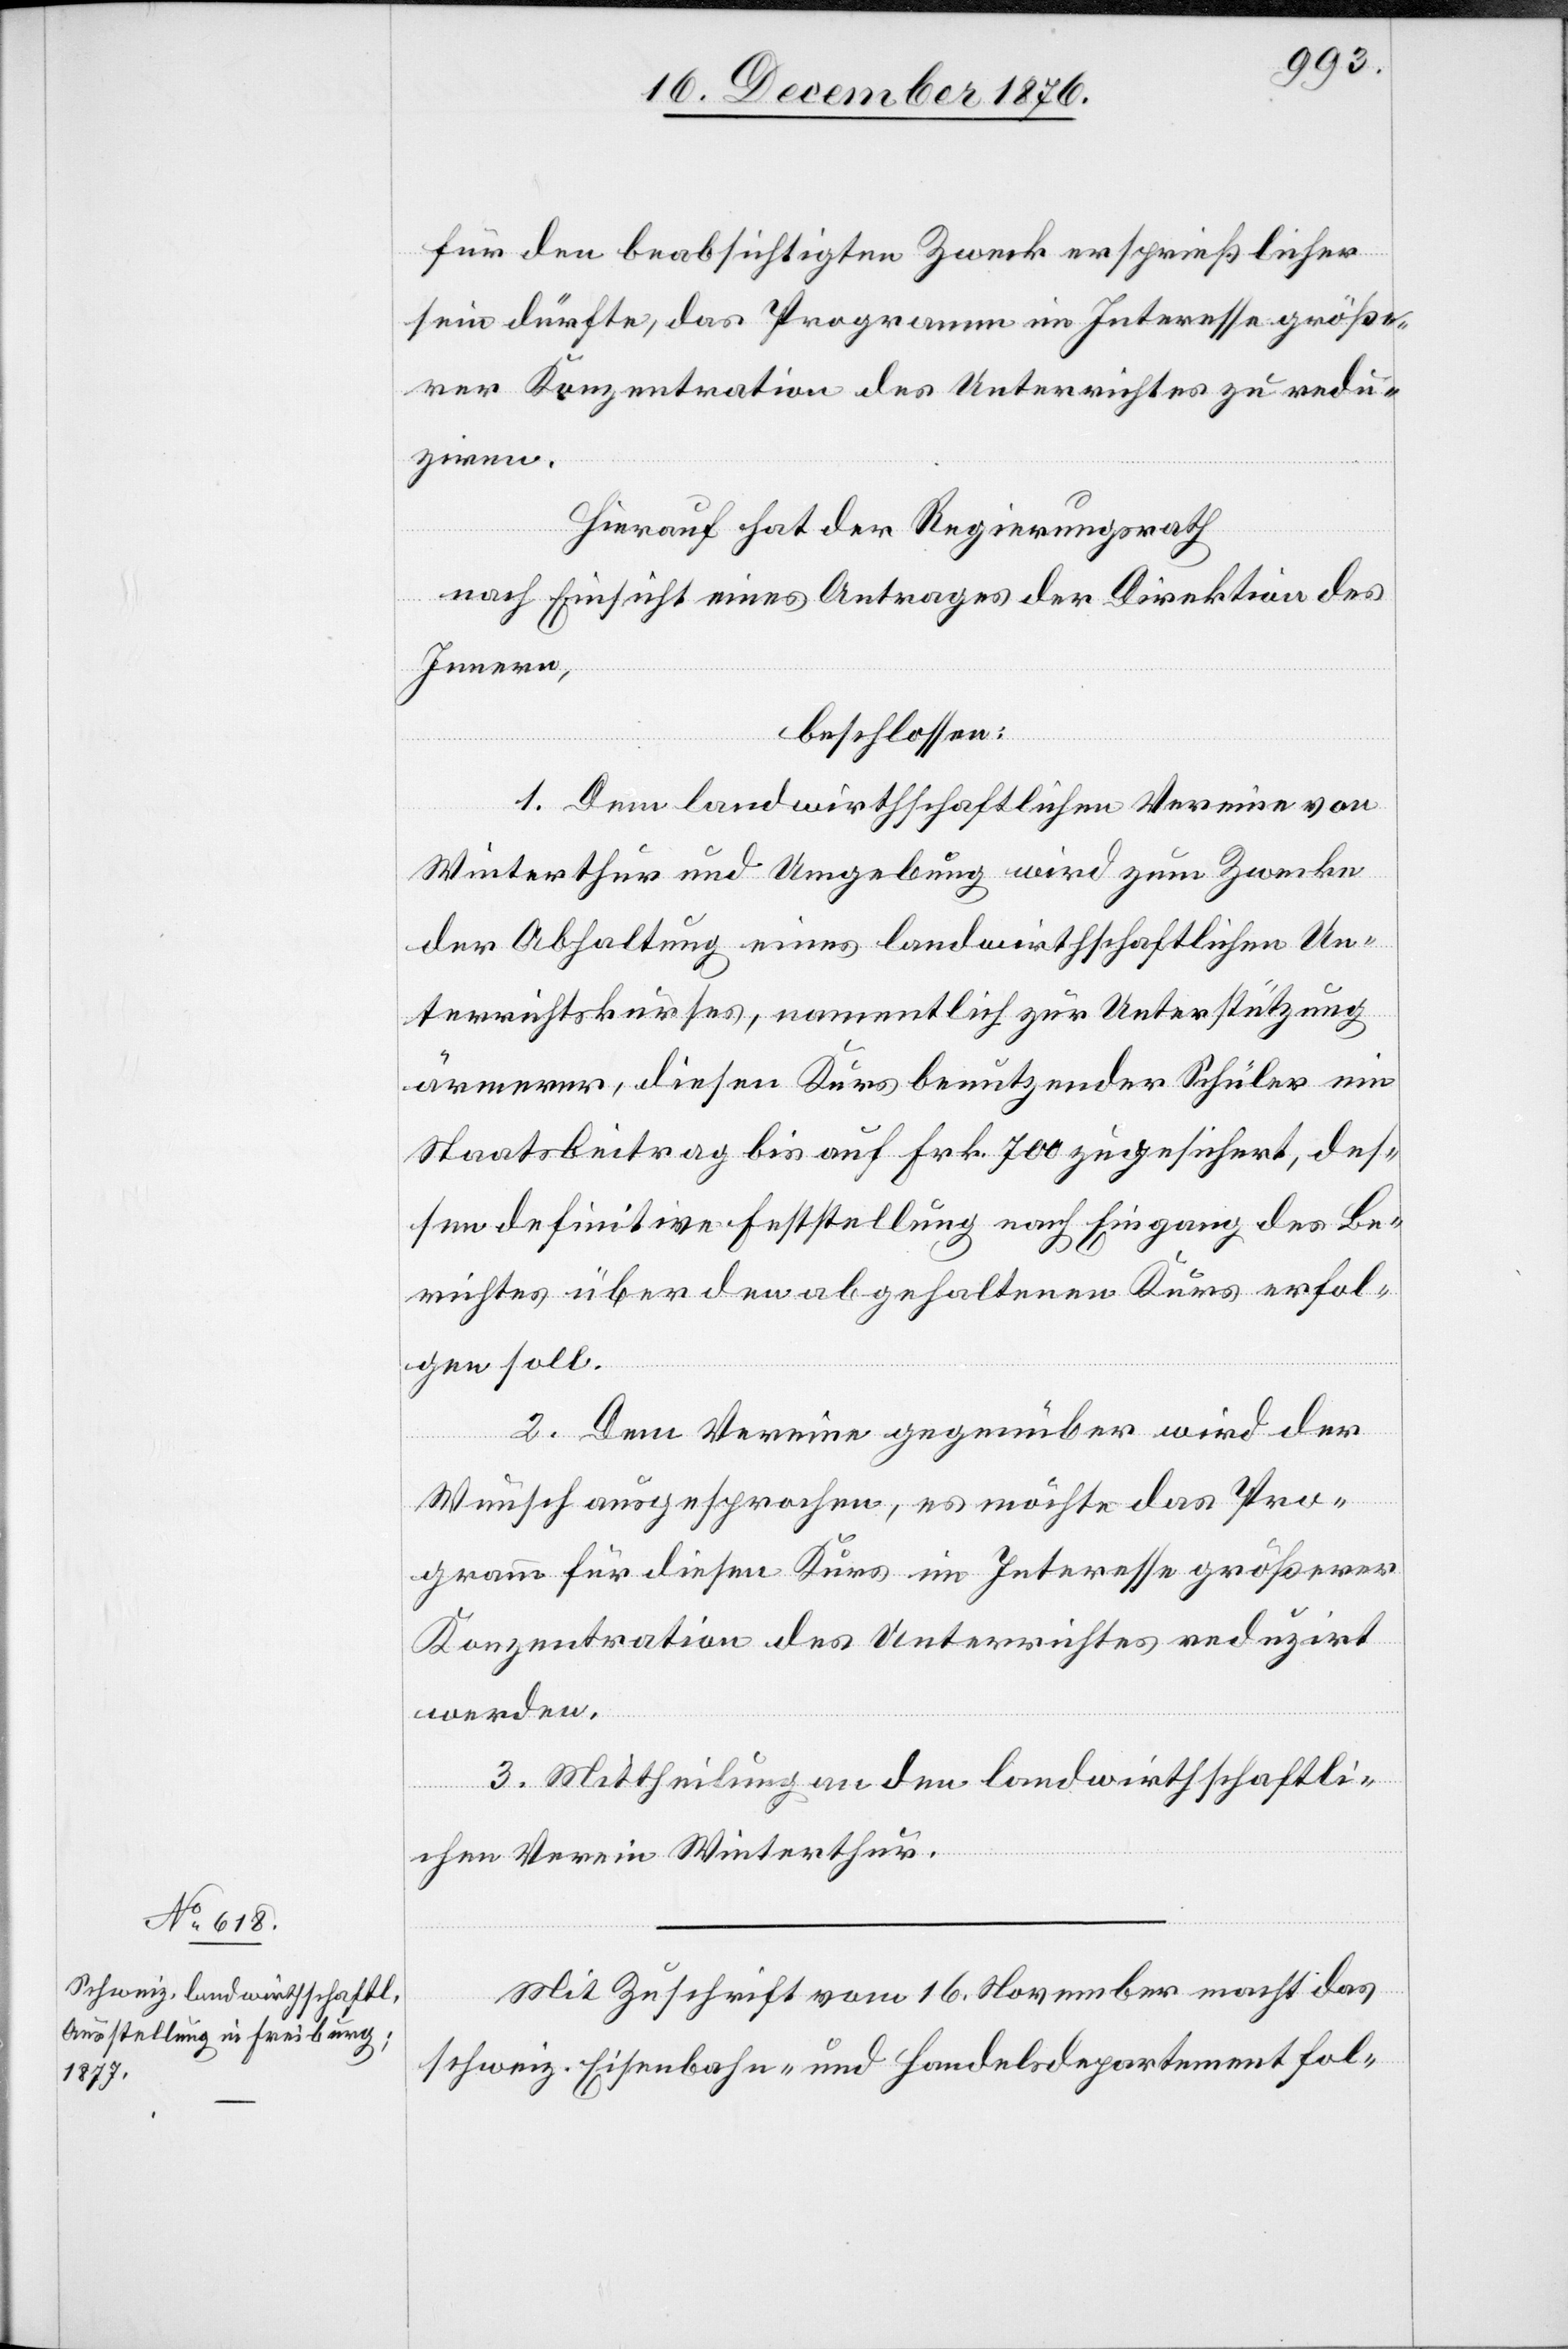
für den beabsichtigten Zweck ersprießlicher
sein dürfte, das Programm im Interesse größe¬
rer Konzentration des Unterrichtes zu redu¬
ziren.
Hierauf hat der Regierungsrath
nach Einsicht eines Antrages der Direktion des
Innern,
beschlossen:
1. Dem landwirthschaftlichen Verein von
Winterthur und Umgebung wird zum Zwecke
der Abhaltung eines landwirthschaftlichen Un¬
terrichtskurses, namentlich zur Unterstützung
ärmerer, diesen Kurs benutzender Schüler ein
Staatsbeitrag bis auf Frk. 700 zugesichert, des¬
sen definitive Feststellung nach Eingang des Be¬
richtes über den abgehaltenen Kurs erfol¬
gen soll.
2. Dem Vereine gegenüber wird der
Wunsch ausgesprochen, es möchte das Pro¬
gramm für diesen Kurs im Interesse größerer
Konzentration des Unterrichtes reduzirt
werden.
3. Mittheilung an den landwirthschaftli¬
chen Verein Winterthur.
Mit Zuschrift vom 16. November macht das
schweiz. Eisenbahn- und Handelsdepartement fol-